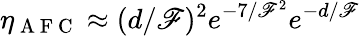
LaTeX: \eta_{\mathrm{~A~F~C~}}\approx(d/\mathscr{F})^{2}e^{-7/\mathscr{F}^{2}}e^{-d/\mathscr{F}}